Lunatic asylums United Prov. 1922-30 - 1922-1930
Year: 1922
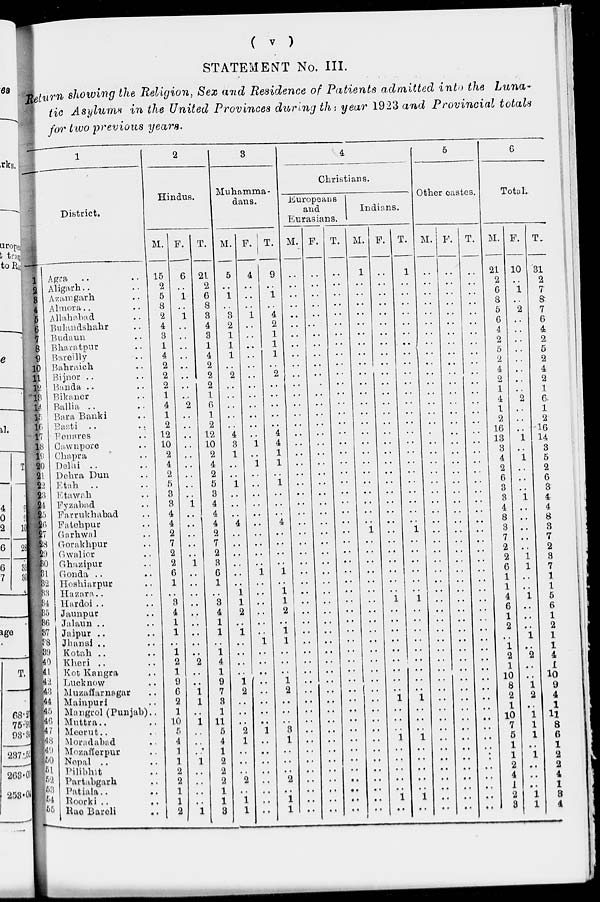
( v )
STATEMENT No. III.
Return showing the Religion, Sex and Residence of Patients admitted into the Luna-
tic Asylums in the United Provinces during the year 1923 and Provincial totals
for two previous years.
1
District.
1
2
3
4
5
6
7
8
9
10
11
12
13
14
15
16
17
18
19
20
21
22
23
24
25
26
27
28
29
30
31
32
33
34
35
36
37
38
39
40
41
42
43
44
45
46
47
48
49
50
51
52
53
54
55
Agra .. ..
Aligarh .. ..
Azamgarh ..
A1mora .. ..
Allahabad ..
Bulandshahr ..
Budaun ..
Bharatpur ..
Bareilly ..
Bahraich ..
Bijnor .. ..
Banda .. ..
Bikaner ..
Ballia .. ..
Bara Banki ..
Basti .. ..
Benares ..
Cawnpore ..
Chapra ..
Delhi ..
Dehra Dun ..
Etah .. ..
Etawah .. ..
Fyzabad ..
Farrukhabad ..
Fatehpur ..
Garhwal ..
Gorakhpur ..
Gwalior ..
Ghazipur ..
Gonda .. ..
Hoshiarpur ..
Hazara .. ..
Hardoi .. ..
Jaunpur ..
Jalaun .. ..
Jaipur .. ..
Jhansi .. ..
Kotah .. ..
Kheri .. ..
Kot Kangra ..
Lucknow ..
Muzaffarnagar ..
Mainpuri ..
Mangrol (Punjab) ..
Muttra .. ..
Meerut .. ..
Moradabad ..
Mozafferpur ..
Nepal .. ..
Pilibhit ..
Partabgarh ..
Patiala .. ..
Roorki .. ..
Rae Bareli ..
2
Hindus.
M.
15
2
5
8
2
4
3
1
4
2
2
2
1
4
1
2
12
10
2
4
2
5
3
3
4
4
2
7
2
2
6
1
..
3
4
1
1
..
1
2
1
9
6
2
1
10
5
4
1
1
2
2
1
1
2
F.
6
..
1
..
1
..
..
..
..
..
..
..
..
2
..
..
..
..
..
..
..
..
..
1
..
..
..
..
..
1
..
..
..
..
..
..
..
..
..
2
..
..
1
1
..
1
..
..
..
1
..
..
..
..
1
T.
21
2
6
8
3
4
3
1
4
2
2
2
1
6
1
2
12
10
2
4
2
5
3
4
4
4
2
7
2
3
6
1
..
3
4
1
1
..
1
4
1
9
7
3
1
11
5
4
1
2
2
2
1
1
3
3
Muhamma-
dans.
M.
5
..
1
..
3
2
1
1
1
..
2
..
..
..
..
..
4
3
1
..
..
1
..
..
..
4
..
..
..
..
..
..
1
1
2
..
1
..
..
..
..
1
2
..
..
..
2
1
..
..
..
2
..
1
1
F.
4
..
..
..
1
..
..
..
..
..
..
..
..
..
..
..
..
1
..
1
..
..
..
..
..
..
..
..
..
..
1
..
..
..
..
..
..
1
..
..
..
..
..
..
..
..
1
..
..
..
..
..
..
..
..
T.
9
..
1
..
4
2
1
1
1
..
2
..
..
..
..
..
4
4
1
1
..
1
..
..
..
4
..
..
..
..
1
..
1
1
2
..
1
1
..
..
..
1
2
..
..
..
3
1
..
..
..
2
..
1
1
4
Christians.
Europeans
and
Eurasians.
M.
..
..
..
..
..
..
..
..
..
..
..
..
..
..
..
..
..
..
..
..
..
..
..
..
..
..
..
..
..
..
..
..
..
..
..
..
..
..
..
..
..
..
..
..
..
..
..
..
..
..
..
..
..
..
..
F.
..
..
..
..
..
..
..
..
..
..
..
..
..
..
..
..
..
..
..
..
..
..
..
..
..
..
..
..
..
..
..
..
..
..
..
..
..
..
..
..
..
..
..
..
..
..
..
..
..
..
..
..
..
..
..
T.
..
..
..
..
..
..
..
..
..
..
..
..
..
..
..
..
..
..
..
..
..
..
..
..
..
..
..
..
..
..
..
..
..
..
..
..
..
..
..
..
..
..
..
..
..
..
..
..
..
..
..
..
..
..
..
Indians.
M.
1
..
..
..
..
..
..
..
..
..
..
..
..
..
..
..
..
..
..
..
..
..
..
..
..
..
1
..
..
..
..
..
..
..
..
..
..
..
..
..
..
..
..
..
..
..
..
..
..
..
..
..
..
..
..
F.
..
..
..
..
..
..
..
..
..
..
..
..
..
..
..
..
..
..
..
..
..
..
..
..
..
..
..
..
..
..
..
..
..
1
..
..
..
..
..
..
..
..
..
1
..
..
..
1
..
..
..
..
..
1
..
T.
1
..
..
..
..
..
..
..
..
..
..
..
..
..
..
..
..
..
..
..
..
..
..
..
..
..
1
..
..
..
..
..
..
1
..
..
..
..
..
..
..
..
..
1
..
..
..
1
..
..
..
..
..
1
..
5
Other castes.
M.
..
..
..
..
..
..
..
..
..
..
..
..
..
..
..
..
..
..
..
..
..
..
..
..
..
..
..
..
..
..
..
..
..
..
..
..
..
..
..
..
..
..
..
..
..
..
..
..
..
..
..
..
..
..
..
F.
..
..
..
..
..
..
..
..
..
..
..
..
..
..
..
..
..
..
..
..
..
..
..
..
..
..
..
..
..
..
..
..
..
..
..
..
..
..
..
..
..
..
..
..
..
..
..
..
..
..
..
..
..
..
..
T.
..
..
..
..
..
..
..
..
..
..
..
..
..
..
..
..
..
..
..
..
..
..
..
..
..
..
..
..
..
..
..
..
..
..
..
..
..
..
..
..
..
..
..
..
..
..
..
..
..
..
..
..
..
..
..
6
Total.
M.
21
2
6
8
5
6
4
2
5
2
4
2
1
4
1
2
16
13
3
4
2
6
3
3
4
8
3
7
2
2
6
1
1
4
6
1
2
..
1
2
1
10
8
2
1
10
7
5
1
1
2
4
1
2
3
F.
10
..
1
..
2
..
..
..
..
..
..
..
..
2
..
..
..
1
..
1
..
..
..
1
..
..
..
..
..
1
1
..
..
1
..
..
..
1
..
2
..
..
1
2
..
1
1
1
..
1
..
..
..
1
1
T.
31
2
7
8
7
6
4
2
5
2
4
2
1
6
1
2
16
14
3
5
2
6
3
4
4
8
3
7
2
3
7
1
1
5
6
1
2
1
1
4
1
10
9
4
1
11
8
6
1
2
2
4
1
3
4